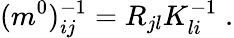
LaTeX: (m^{0})_{ij}^{-1}=R_{jl}K_{li}^{-1}\; .